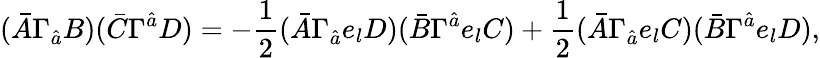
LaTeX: (\bar{A}\Gamma_{\hat{a}}B)(\bar{C}\Gamma^{\hat{a}}D)=-\frac{1}{2}(\bar{A}\Gamma_{\hat{a}}e_{l}D)(\bar{B}\Gamma^{\hat{a}}e_{l}C)+\frac{1}{2}(\bar{A}\Gamma_{\hat{a}}e_{l}C)(\bar{B}\Gamma^{\hat{a}}e_{l}D),